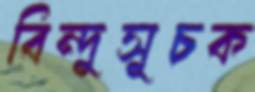
বিন্দুসূচক